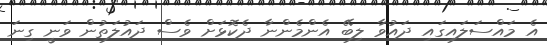
އެ މައްސަލައިގައި ދައުވާ ލިބޭ އެންމެންނާ ދެކޮޅަށް ވެސް ދައުލަތުން ވަނީ ގިނަ